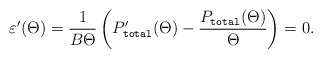
\begin{align*}\varepsilon'(\Theta)=\frac{1}{B\Theta}\left(P_{\texttt{total}}'(\Theta)-\frac{P_\texttt{total}(\Theta)}{\Theta}\right)=0.\end{align*}